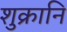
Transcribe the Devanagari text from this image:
शुक्रानि